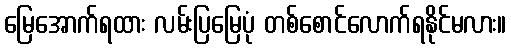
မြေအောက်ရထား လမ်းပြမြေပုံ တစ်စောင်လောက်ရနိုင်မလား။